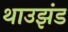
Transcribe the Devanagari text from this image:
थाउझंड